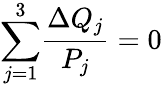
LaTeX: {\sum_{j=1}^{3}}\frac{\Delta Q_{j}}{P_{j}}=0